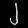
Digit: ၂